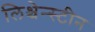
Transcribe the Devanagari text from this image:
लिश्चेन्स्टीन